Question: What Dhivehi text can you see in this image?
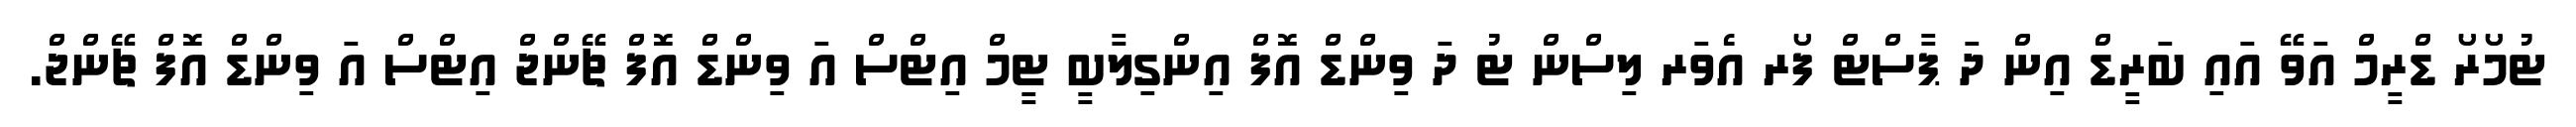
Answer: ޓުމޯރޯ ޑްރީމް އަވޭ އައި ބަރީޑް އިން ދަ ޕާސްޓް ފޯރ އެވަރ ލިސްން ޓު ދަ ވިންޑް އޮފް އިންގިލާބީ ޓީމް އިޓްސް އަ ވިންޑް އޮފް ޗޭންޖް އިޓްސް އަ ވިންޑް އޮފް ޗޭންޖް.